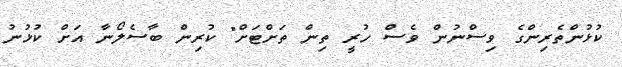
ކުޅުންތެރިންގެ ވިސްނުން ވެސް ހުރީ ތިން ތަށްޓަށް" ކުރިން ބާސެލޯނާ އަށް ކުޅުނު